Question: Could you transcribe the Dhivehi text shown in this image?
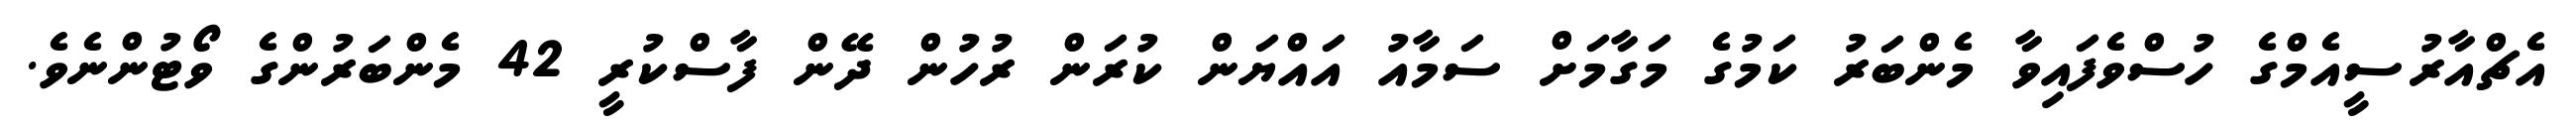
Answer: އެޗްއާރުސީއެމްގެ ހުސްވެފައިވާ މެންބަރު ކަމުގެ މަގާމަށް ސަމާއު އައްޔަން ކުރަން ރުހުން ދޭން ފާސްކުރީ 42 މެންބަރުންގެ ވޯޓުންނެވެ.